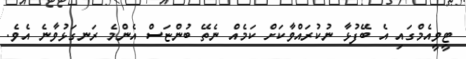
ޓީވީއެމްގައި އެ ބޭފުޅާ ނުކުރައްވާކަށް ކަމެއް ނެތޭ ބުންޏަސް އެންމެ ރަނގަޅުވާނެ އެވެ.